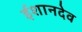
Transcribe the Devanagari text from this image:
ईशानदेव